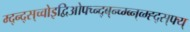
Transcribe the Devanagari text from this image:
म्द्न्द्स्च्वोइद्विओफ्च्न्द्ब्न्च्म्ब्न्व्म्ह्द्स्फ्य्